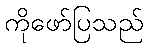
ကိုဖော်ပြသည်